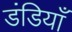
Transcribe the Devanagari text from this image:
डंडियाँ